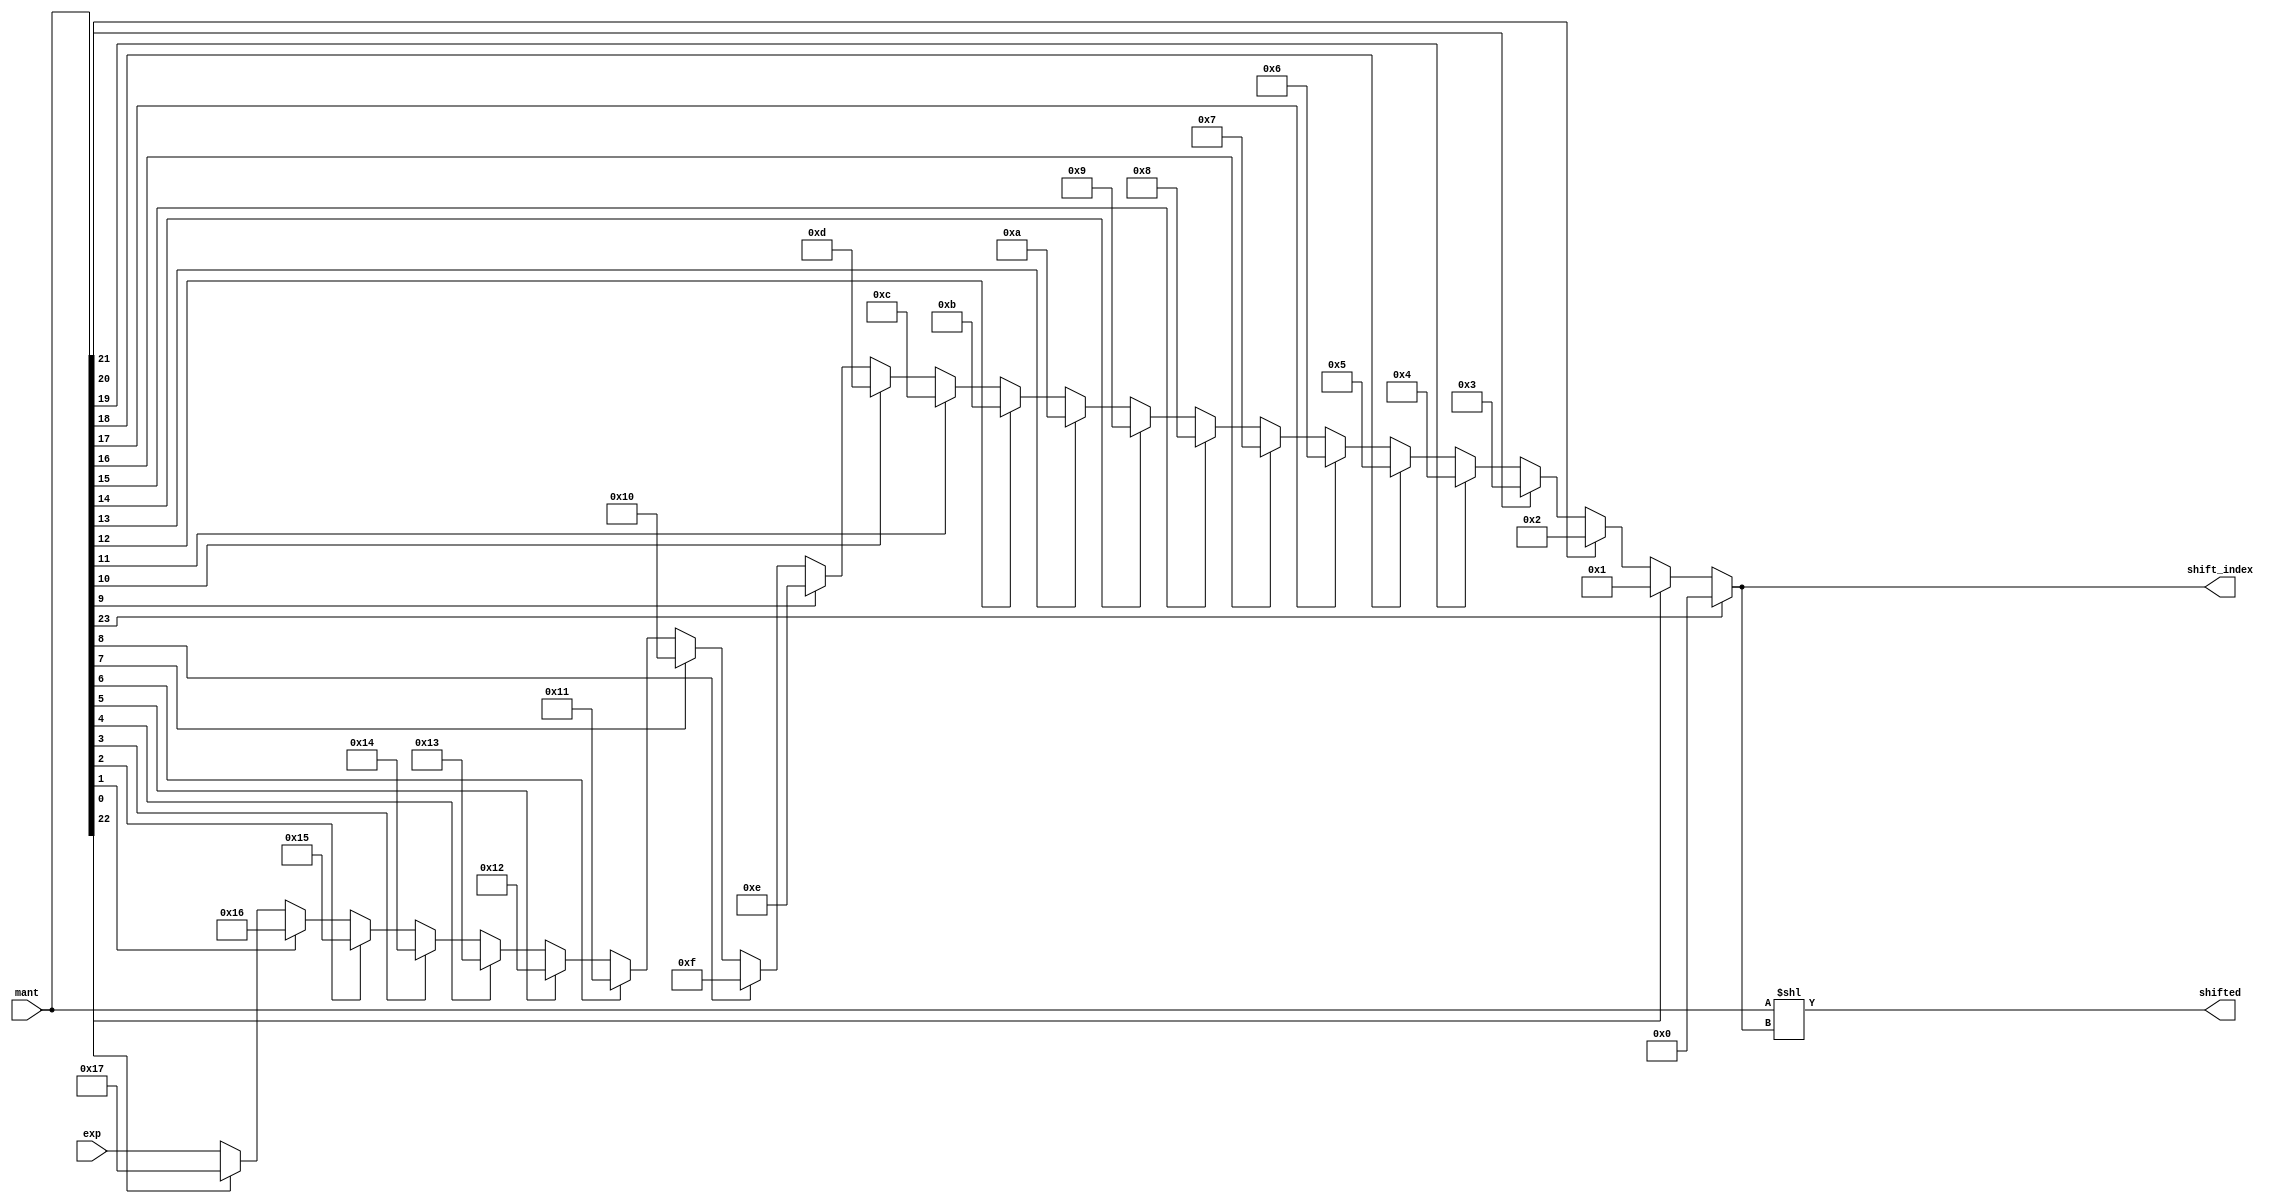
module mantshift(exp, mant, shifted, shift_index );
parameter m = 8, n = 23;
    input [m-1:0] exp;
    input [n+1:0] mant;
    output reg [m-1:0] shift_index;
    output reg [n+1:0] shifted;
    reg [n+1:0] target;
    reg [$clog2(n)-1:0] cnt;
    always@(mant, exp) begin target = mant;
    shift_index = exp;
    for(cnt = 0; cnt < n+1; cnt = cnt + 1)begin
        if (target[cnt]) shift_index = n - cnt;
    end
    shifted = mant << shift_index;
    end
endmodule